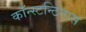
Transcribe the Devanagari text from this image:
कॉन्स्टन्टिनास